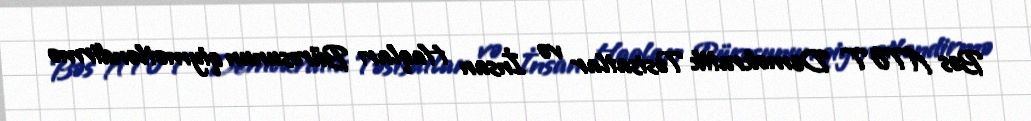
Bəs ATƏT Demokratik Təsisatlar və İnsan Haqları Bürosunun qiymətləndirmə